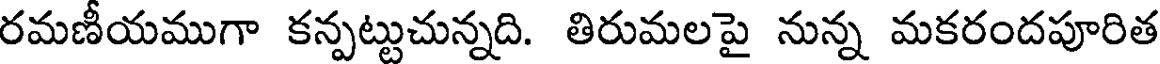
రమణీయముగా కన్పట్టుచున్నది. తిరుమలపై నున్న మకరందపూరిత